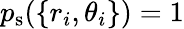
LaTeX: p_{\mathrm{s}}(\{ r_{i},\theta_{i}\} )=1